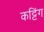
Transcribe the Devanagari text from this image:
कट्टिंग